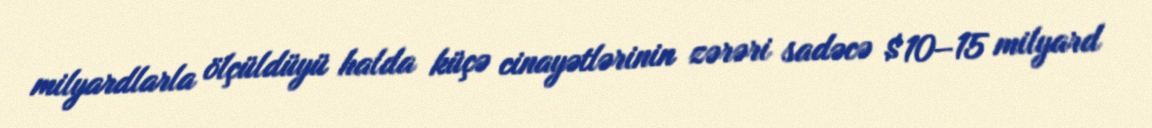
milyardlarla ölçüldüyü halda küçə cinayətlərinin zərəri sadəcə $10–15 milyard